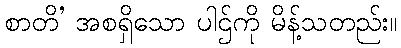
စာတိ’ အစရှိသော ပါဌ်ကို မိန့်သတည်း။